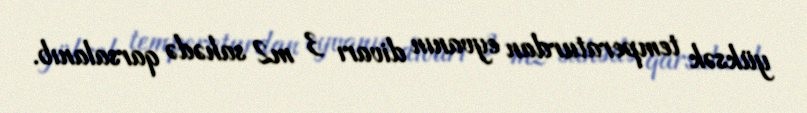
yüksək temperaturdan eyvanın divarı 3 m2 sahədə qarsalanıb.